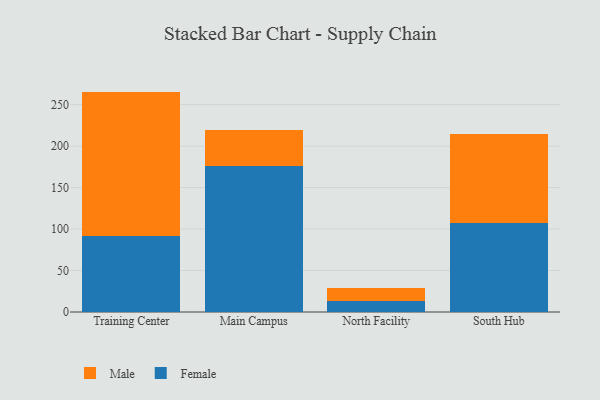
{"axis": {"x": "Campus", "y": "Active Users"}, "legend": ["Female", "Male"], "data": [{"x": "Training Center", "y": 91.1, "type": "Female"}, {"x": "Training Center", "y": 174.6, "type": "Male"}, {"x": "Main Campus", "y": 176.6, "type": "Female"}, {"x": "Main Campus", "y": 43.3, "type": "Male"}, {"x": "North Facility", "y": 13.6, "type": "Female"}, {"x": "North Facility", "y": 15.6, "type": "Male"}, {"x": "South Hub", "y": 107.2, "type": "Female"}, {"x": "South Hub", "y": 107.0, "type": "Male"}]}